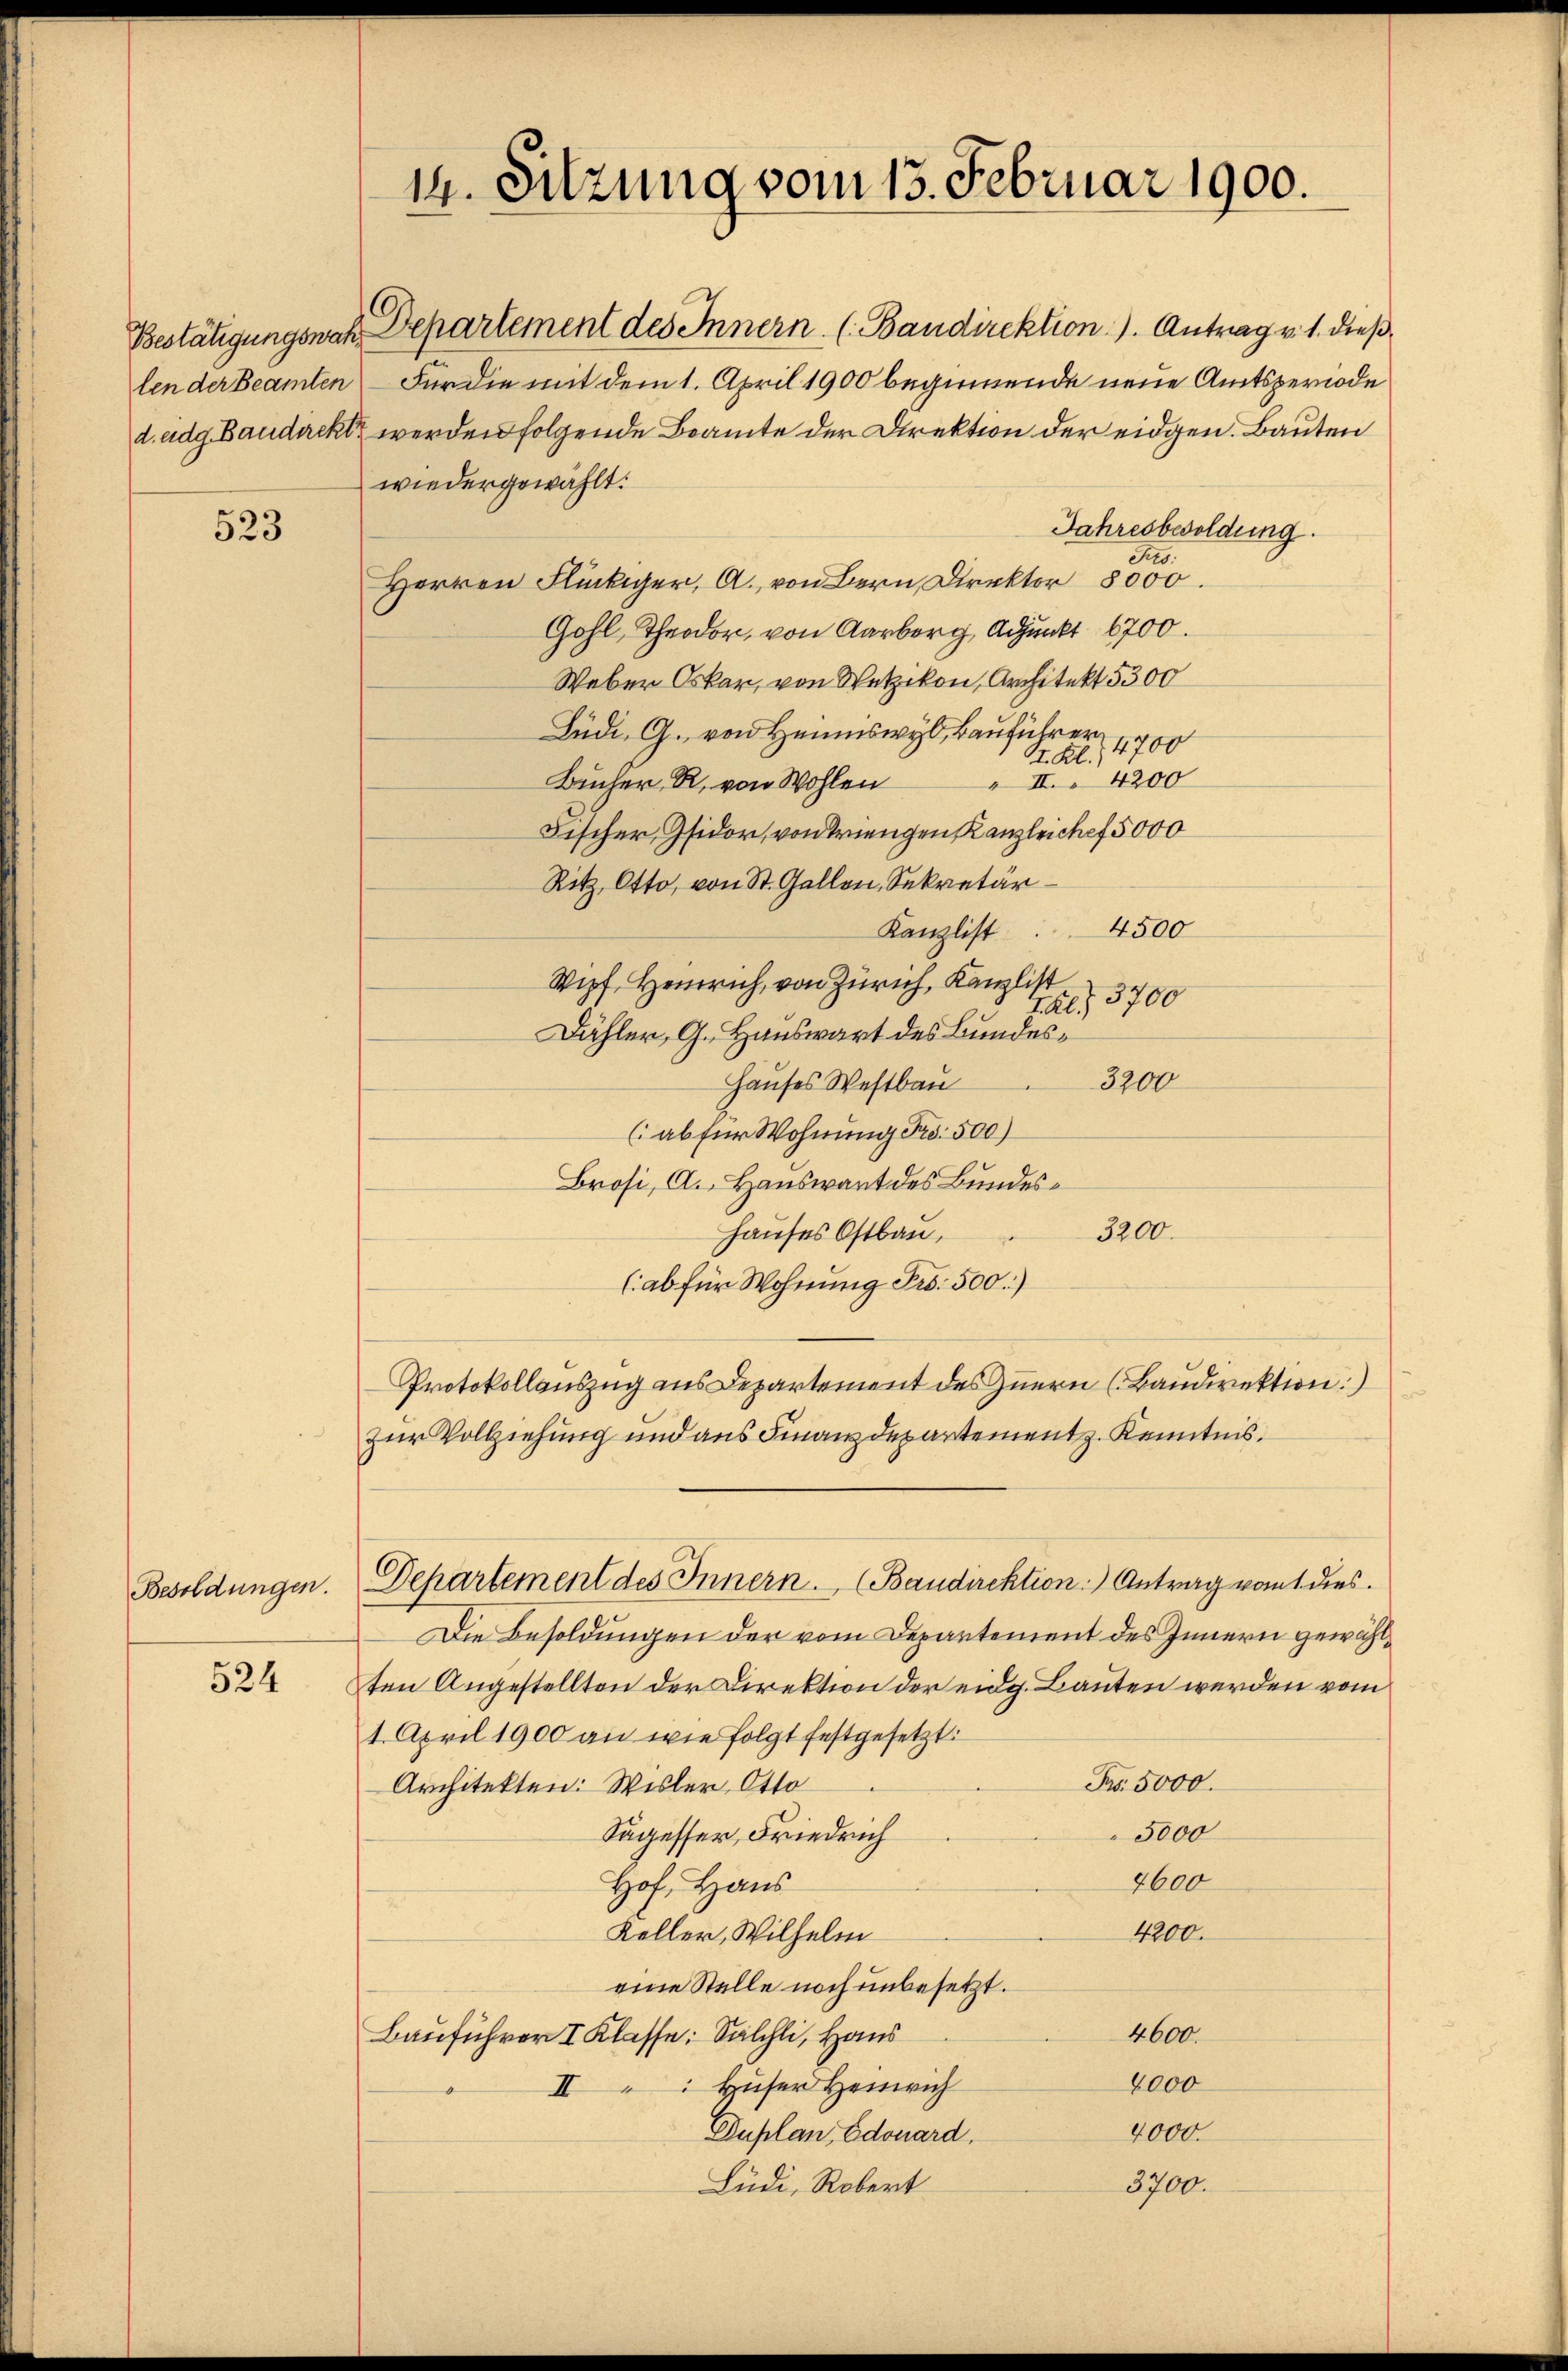
523

Besoldungen.

524

14. Sitzung vom 13. Februar 1900.

Bestätigungswah. Departement des Innern. (Baudirektion). Antrag v. 1. dieß
len der Beamten Für die mit dem 1. April 1900 begimende neue Amtsperiode
d.adg. Baudeckt werden folgende Beamte der Direktion der eidgen. Bauten
wiedergewählt:
Jahresbesoldung.
St.
Herren Flückiger, A. von Bern Direktor 8000.
Gohl, Theodor, von Aarberg, Adjunkt 6700.
Weber Oskar, von Wetzikon, Architekt 5300
Büdi, G. von Heimiswyl, Bauführer
St. Al., 4700
" II 4200
Bucher R. von Wohlen
Fischer Gsidor, von Triengen Kanzleichef 5000
Ritz, Otto, von St. Gallen, Sekretär
4500
Kanzlist
Wipf, Heinrich, von Zürich, Kanzlist
3700
72.)
Dähler, G. Hauswart des Bundes¬
3200
Hauses Westbau
(ab für Wohnung Fr. 500)
Brosi, A. Hauswart des Bundes¬
Hauses Ostbau,
3200.
(ab für Wohnung Fr. 500.)
Protokollauszug aus Departement des Zuern (Baudirektion:)
zur Vollziehung und aus Finanzdepartement. Kenntnis.
Departement des Innern. (Baudirektion) Antrag vom 1. dies
Die Besoldungen der vom Departement des Innern gewählten Angestellten der Direktion der eidg. Bauten werden vom
1. April 1900 an wie folgt festgesetzt:
Pro. 5000.
Architekten: Wisler Otto
5000
Sägesser, Friedrich
2600
Hof. Haus
4200.
Keller, Wilhelm
eine Stelle noch unbesetzt.
4600.
Bauführer I. Klasse: Sälchli, Haus
8000
Huser Heinrich
II
2000
Duplan Edouard.
Lüdi, Robert
3700.